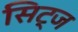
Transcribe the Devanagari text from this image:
सिट्ज